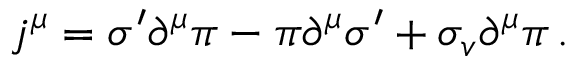
j ^ { \mu } = \sigma ^ { \prime } \partial ^ { \mu } \pi - \pi \partial ^ { \mu } \sigma ^ { \prime } + \sigma _ { v } \partial ^ { \mu } \pi \, .